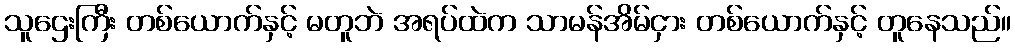
သူဌေးကြီး တစ်ယောက်နှင့် မတူဘဲ အရပ်ထဲက သာမန်အိမ်ငှား တစ်ယောက်နှင့် တူနေသည်။